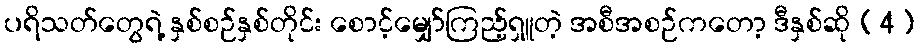
ပရိသတ်တွေရဲ့ နှစ်စဉ်နှစ်တိုင်း စောင့်မျှော်ကြည့်ရှူတဲ့ အစီအစဉ်ကတော့ ဒီနှစ်ဆို (4)